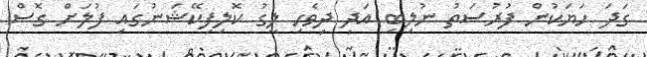
ގަދަ ހަޔަކުން ފުރުސަތު ނުލިބި އަދި ދިވެހި ލީގު ކޮލިފިކޭޝަނުގައި ފުލަށް ގޮސް